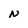
Character: N